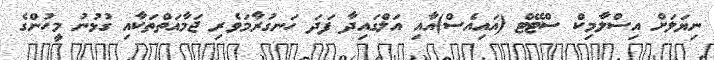
ނިޔަލަށް އިސްލާމިކް ސްޓޭޓް (އައިއެސް)އާއި އަލްގައިދާ ފަދަ ހަނގުރާމަވެރި ޖަމާއަތްތަކާއި ގުޅުނު މީހުންގެ